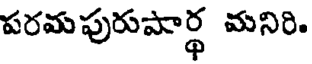
పరమపురుపార్థ మనిరి.